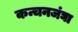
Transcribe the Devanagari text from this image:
कन्चनजंघा